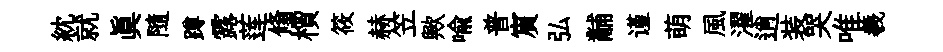
紞就真隨蹲露莲翛檟筱赫笠歟喩普賔弘黼谨萌風濯逍装哭唯羲